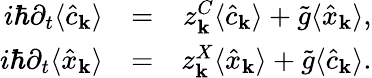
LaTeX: \begin{array}{rlr}{i\hbar\partial_{t}\langle\hat{c}_{\mathbf k}\rangle}&{=}&{z_{\mathbf k}^{C}\langle\hat{c}_{\mathbf k}\rangle+\tilde{g}\langle\hat{x}_{\mathbf k}\rangle,}\\ {i\hbar\partial_{t}\langle\hat{x}_{\mathbf k}\rangle}&{=}&{z_{\mathbf k}^{X}\langle\hat{x}_{\mathbf k}\rangle+\tilde{g}\langle\hat{c}_{\mathbf k}\rangle.}\end{array}